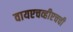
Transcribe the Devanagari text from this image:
वायएचव्हीएचची